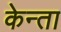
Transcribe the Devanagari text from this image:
केन्ता